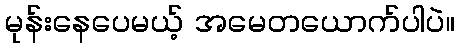
မုန်းနေပေမယ့် အမေတယောက်ပါပဲ။